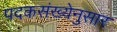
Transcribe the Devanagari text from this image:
पदकसंख्येनुसार